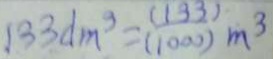
1 3 3 d m ^ { 3 } = \frac { ( 1 3 3 ) } { ( 1 0 0 0 ) } m ^ { 3 }